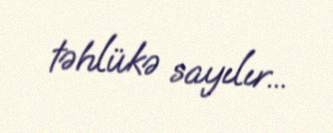
təhlükə sayılır...